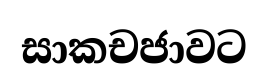
සාකචජාවට